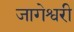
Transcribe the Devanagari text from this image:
जागेश्वरी